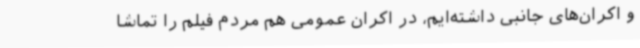
و اکران‌های جانبی داشته‌ایم، در اکران عمومی هم مردم فیلم را تماشا